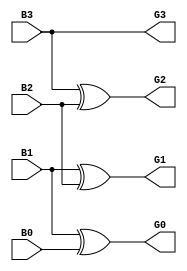
module bintogray(input B3,input B2,input B1,input B0,output G3,output G2,output G1,output G0);

assign G3 = B3;
assign G2 = B3^B2;
assign G1 = B1^B2;
assign G0 = B1^B0;

endmodule